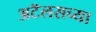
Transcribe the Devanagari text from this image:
अटॅलसच्या